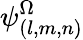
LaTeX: \psi_{(l,m,n)}^{\Omega}